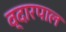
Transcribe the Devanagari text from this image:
व्दारपाल